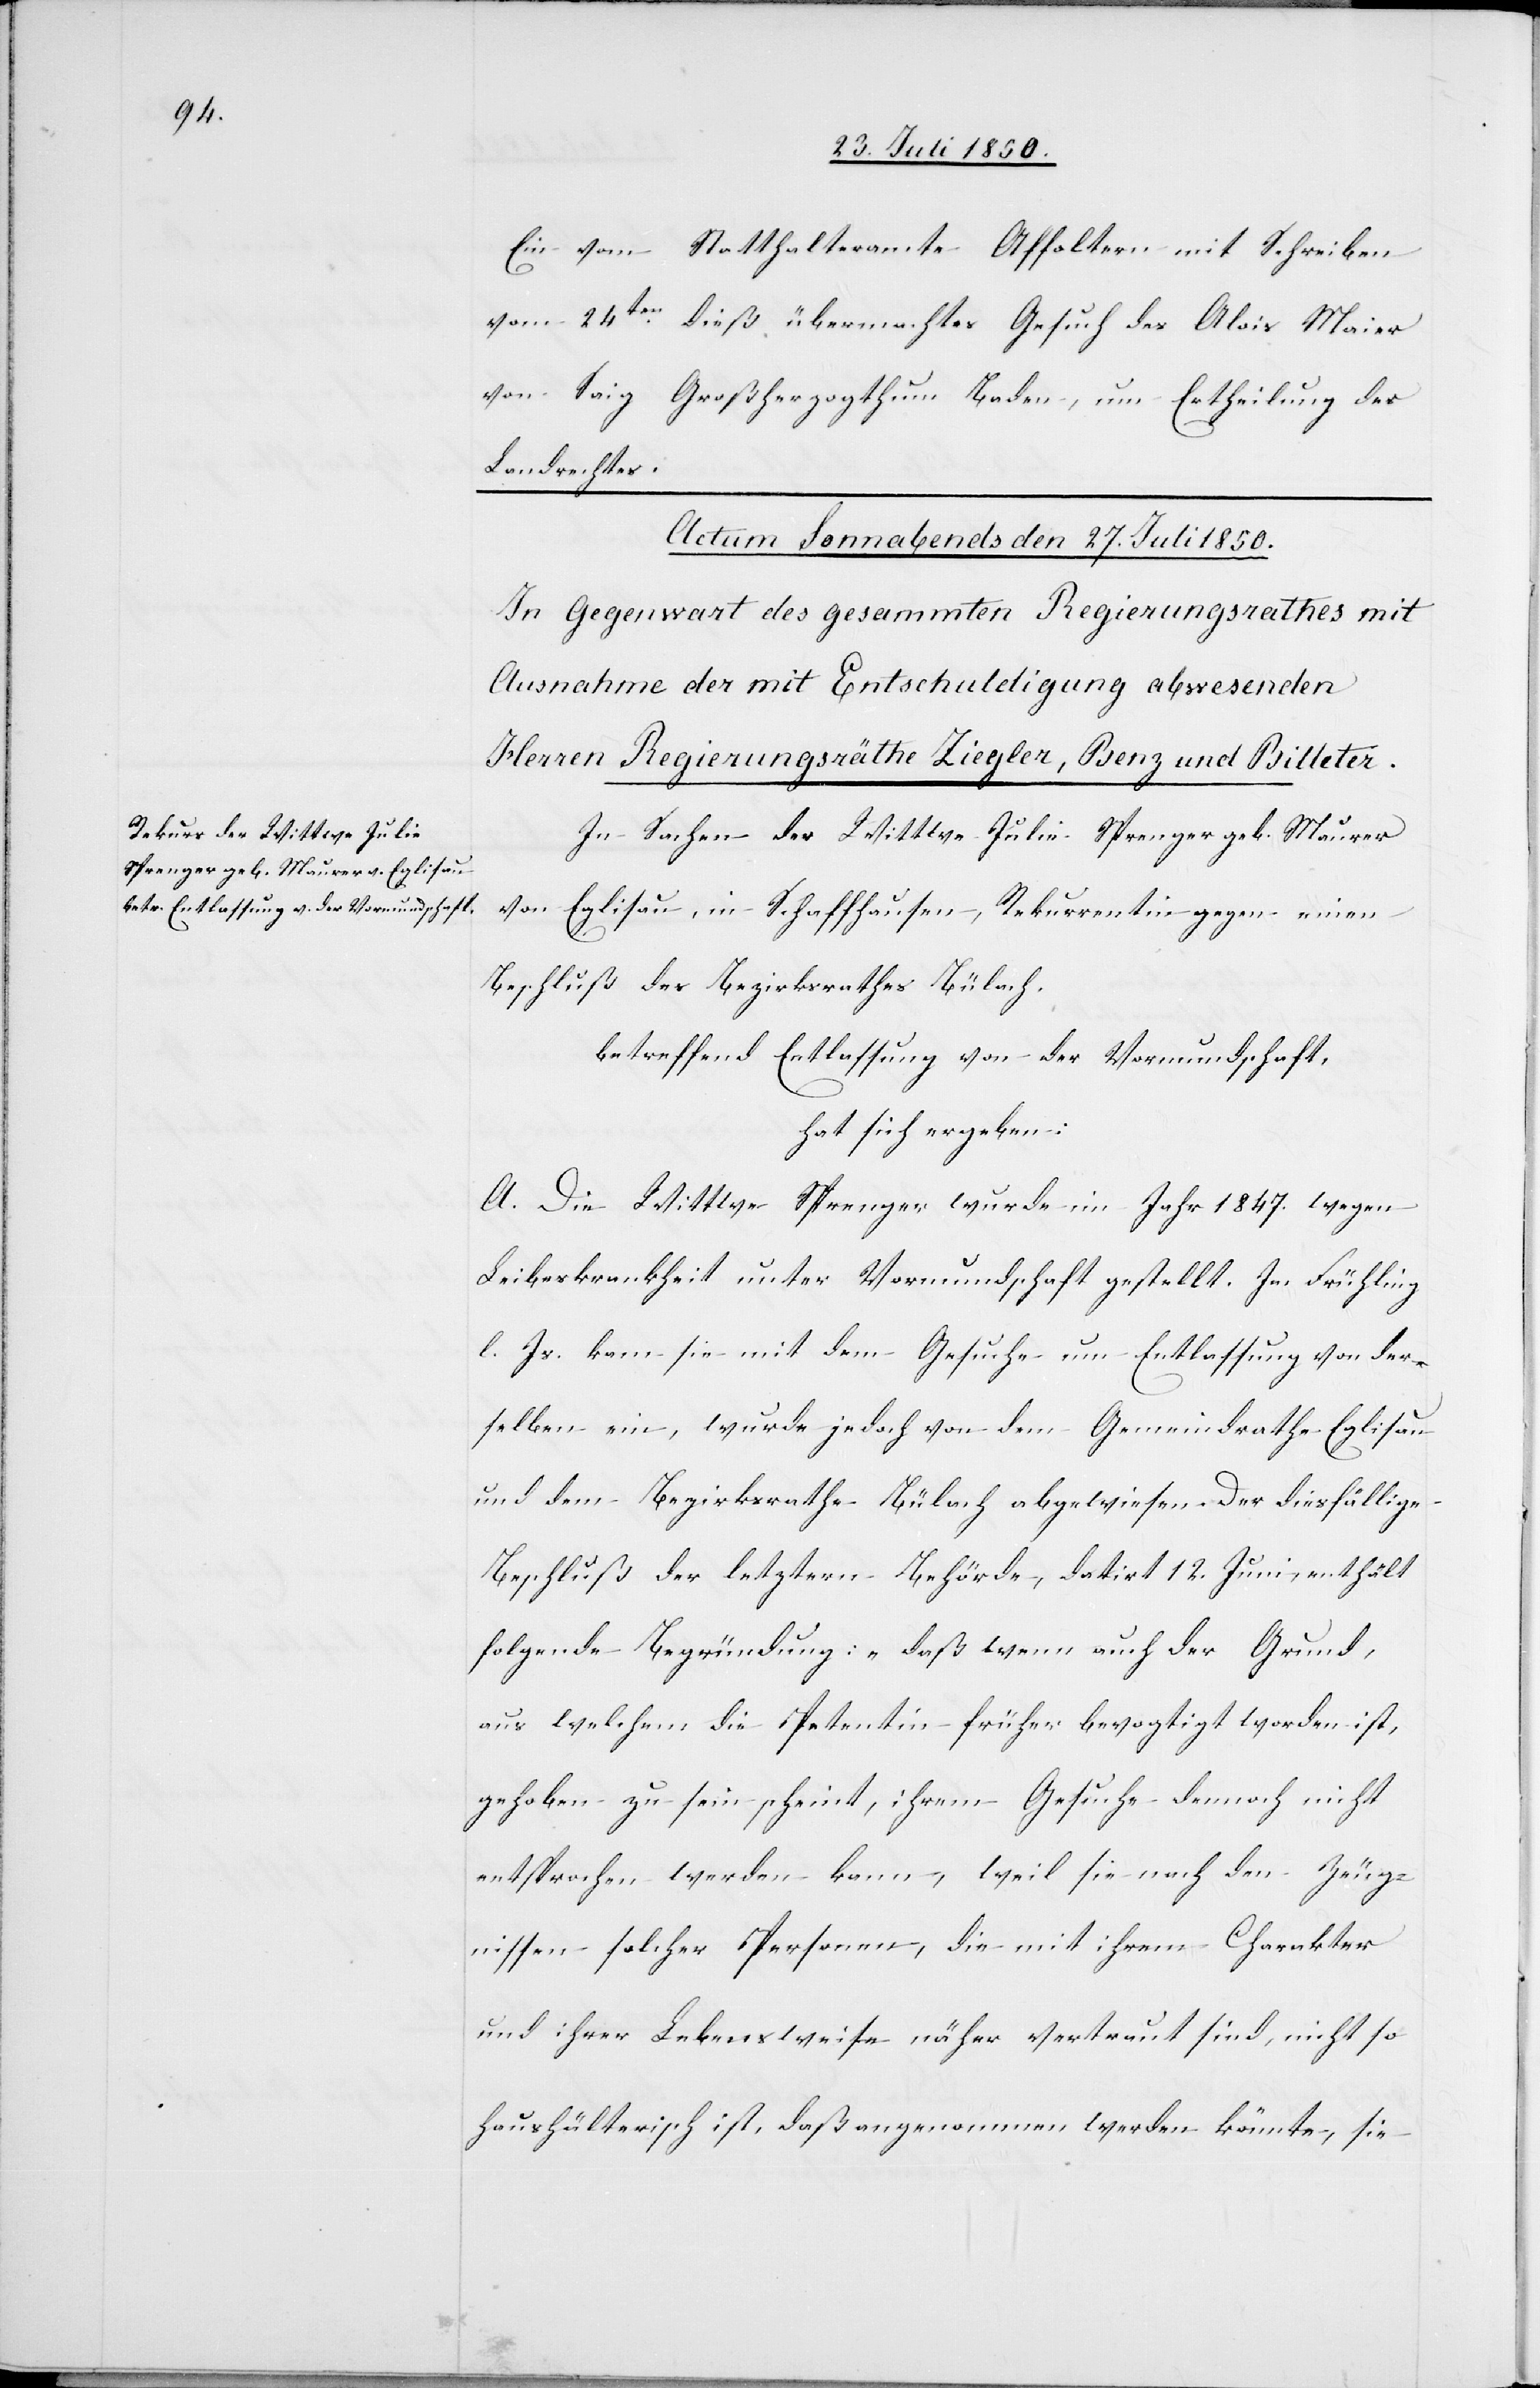
Ein vom Statthalteramte Affoltern mit Schreiben
vom 24ten dieß übermachtes Gesuch des Alois Maier
von Saig Großherzogthum Baden, um Ertheilung des
Landrechtes.
In Sachen der Wittwe Julie Sprenger geb. Maurer
von Eglisau, in Schaffhausen, Rekurrentin gegen einen
Beschluß des Bezirksrathes Bülach,
betreffend Entlassung von der Vormundschaft,
hat sich ergeben:
A. Die Wittwe Sprenger wurde im Jahr 1847. wegen
Leiberkrankheit unter Vormundschaft gestellt. Im Frühling
l. Js. kam sie mit dem Gesuche um Entlassung von der¬
selben ein, wurde jedoch von dem Gemeindrathe Eglisau
und dem Bezirksrathe Bülach abgewiesen. Der diesfällige
Beschluß der letztern Behörde, datirt 12. Juni, enthält
folgende Begründung: „daß wenn auch der Grund,
aus welchem die Petentin früher bevogtigt worden ist,
gehoben zu sein scheint, ihrem Gesuche dennoch nicht
entsprochen werden kann, weil sie nach den Zeug¬
nissen solcher Personen, die mit ihrem Charakter
und ihrer Lebensweise näher vertraut sind, nicht so
haushälterisch ist, daß angenommen werden könnte, sie